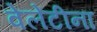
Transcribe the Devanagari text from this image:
वेलेंटीना